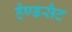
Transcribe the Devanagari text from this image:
हैण्डसैट